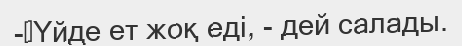
-	Үйде ет жоқ еді, - дей салады.